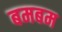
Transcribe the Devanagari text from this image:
बमबम